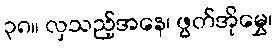
၃၈။ လှသည့်အနေ၊ ဖွတ်အိုမွှေ၊